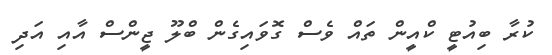
ކުރާ ބިއުޓީ ކްއީން ތައް ވެސް ގޮވައިގެން ބްލޫ ޖީންސް އާއި އަދި